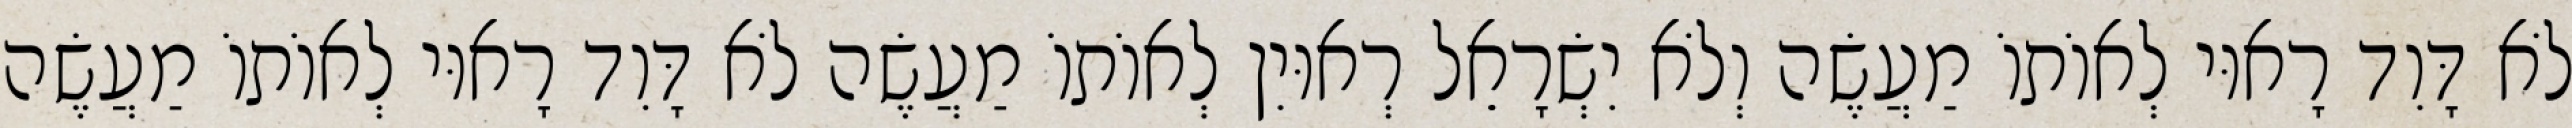
לֹא דָּוִד רָאוּי לְאוֹתוֹ מַעֲשֶׂה וְלֹא יִשְׂרָאֵל רְאוּיִן לְאוֹתוֹ מַעֲשֶׂה לֹא דָּוִד רָאוּי לְאוֹתוֹ מַעֲשֶׂה